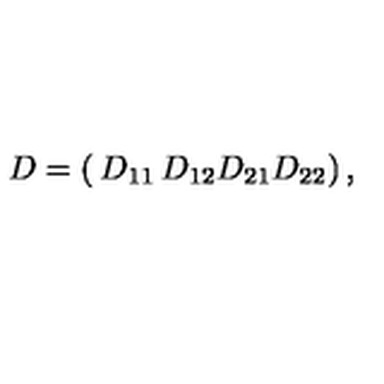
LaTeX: D = \left( \begin{matrix} { D _ { 1 1 } } & { D _ { 1 2 } } \\ { D _ { 2 1 } } & { D _ { 2 2 } } \\ \end{matrix} \right) ,